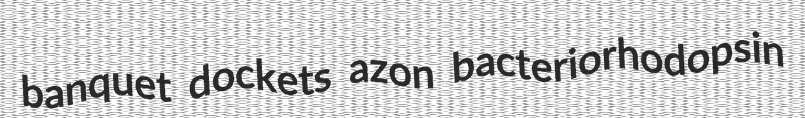
banquet dockets azon bacteriorhodopsin